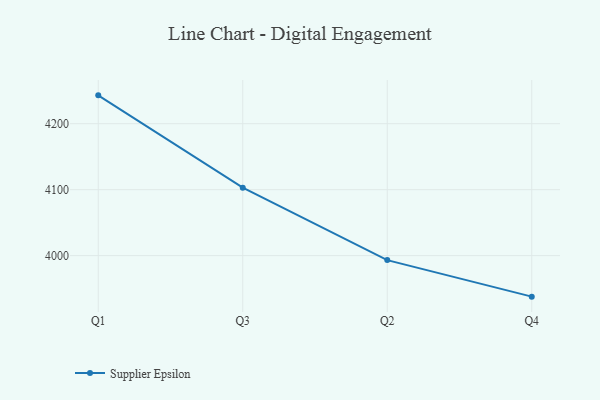
{"axis": {"x": "Quarter", "y": "Churn Rate (%)"}, "legend": ["Supplier Epsilon"], "data": [{"x": "Q1", "y": 4243.0, "type": "Supplier Epsilon"}, {"x": "Q3", "y": 4103.0, "type": "Supplier Epsilon"}, {"x": "Q2", "y": 3993.2, "type": "Supplier Epsilon"}, {"x": "Q4", "y": 3937.8, "type": "Supplier Epsilon"}]}